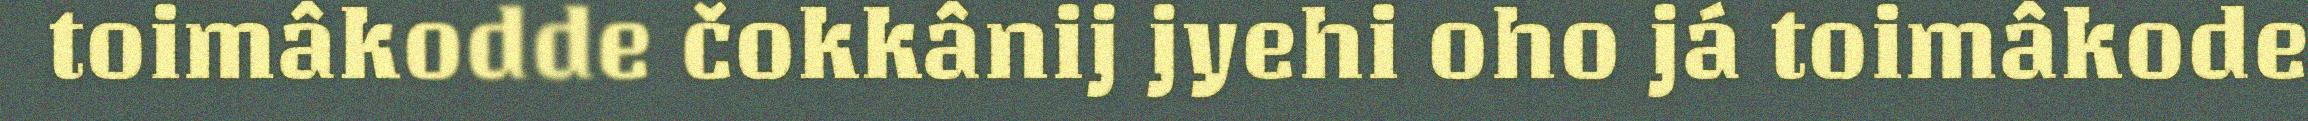
toimâkodde čokkânij jyehi oho já toimâkode